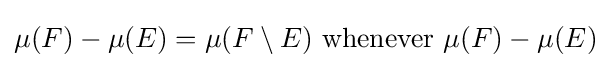
\mu (F)-\mu (E)=\mu (F\setminus E){\text{ whenever }}\mu (F)-\mu (E)